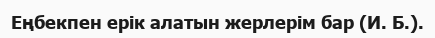
Еңбекпен ерік алатын жерлерім бар (И. Б.).